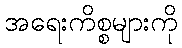
အရေးကိစ္စများကို